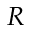
R